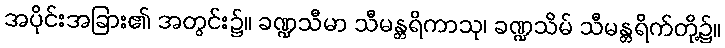
အပိုင်းအခြား၏ အတွင်း၌။ ခဏ္ဍသီမာ သီမန္တရိကာသု၊ ခဏ္ဍသိမ် သီမန္တရိက်တို့၌။